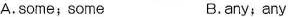
A. some; some B. any; any